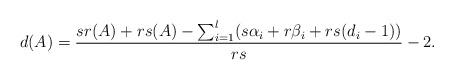
LaTeX: \begin{align*}d(A)={sr(A)+rs(A)-\sum_{i=1}^l (s\alpha_i+r\beta_i+rs(d_i-1))\over rs}-2.\end{align*}